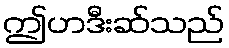
ဤဟဒီးဆ်သည်